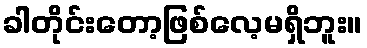
ခါတိုင်းတော့ဖြစ်လေ့မရှိဘူး။